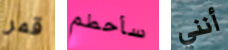
قمر سأحطم أنني